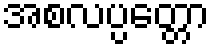
အစလပ္ပတ္တော